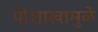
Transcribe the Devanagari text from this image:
पोशाखामुळे